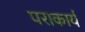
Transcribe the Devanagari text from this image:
पराकार्य